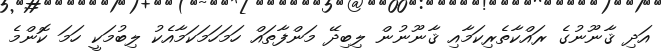
އަދި ޤާނޫނުގެ ރައްކާތެރިކަމާއި ޤާނޫނުން ލިބިދޭ މަންފާތައް ހަމަހަމަކަމާއެކު ލިބުމަކީ ހަމަ ކޮންމެ